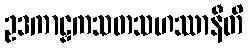
ဥဒကာဠှကသတသဟဿာနီတိ